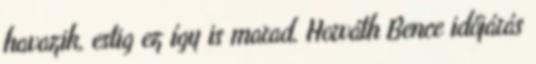
havazik, estig ez így is marad. Horváth Bence időjárás